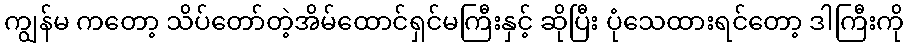
ကျွန်မ ကတော့ သိပ်တော်တဲ့အိမ်ထောင်ရှင်မကြီးနှင့် ဆိုပြီး ပုံသေထားရင်တော့ ဒါကြီးကို